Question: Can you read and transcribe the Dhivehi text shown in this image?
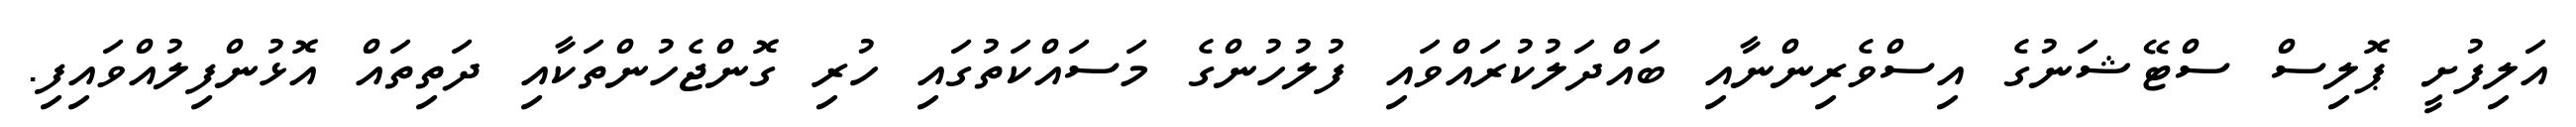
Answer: އަލިފުށީ ޕޮލިސް ސްޓޭޝަނުގެ އިސްވެރިންނާއި ބައްދަލުކުރައްވައި ފުލުހުންގެ މަސައްކަތުގައި ހުރި ގޮންޖެހުންތަކާއި ދަތިތައް އޮޅުންފިލުއްވައިފި.